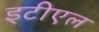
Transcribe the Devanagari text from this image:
इटीएल